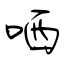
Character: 哂